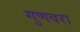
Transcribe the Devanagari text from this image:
गुणवरा